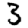
Digit: 3